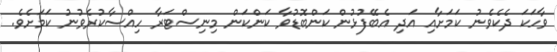
ވާހަކަ ދެކެވެނު ކަމަށާއި އަދި އެބޭފުޅުން ކަންބޮޑުވާ ކަންކަން މިނިސްޓަރާ ހިއްސާކުރެވުނު ކަމަށެވެ.